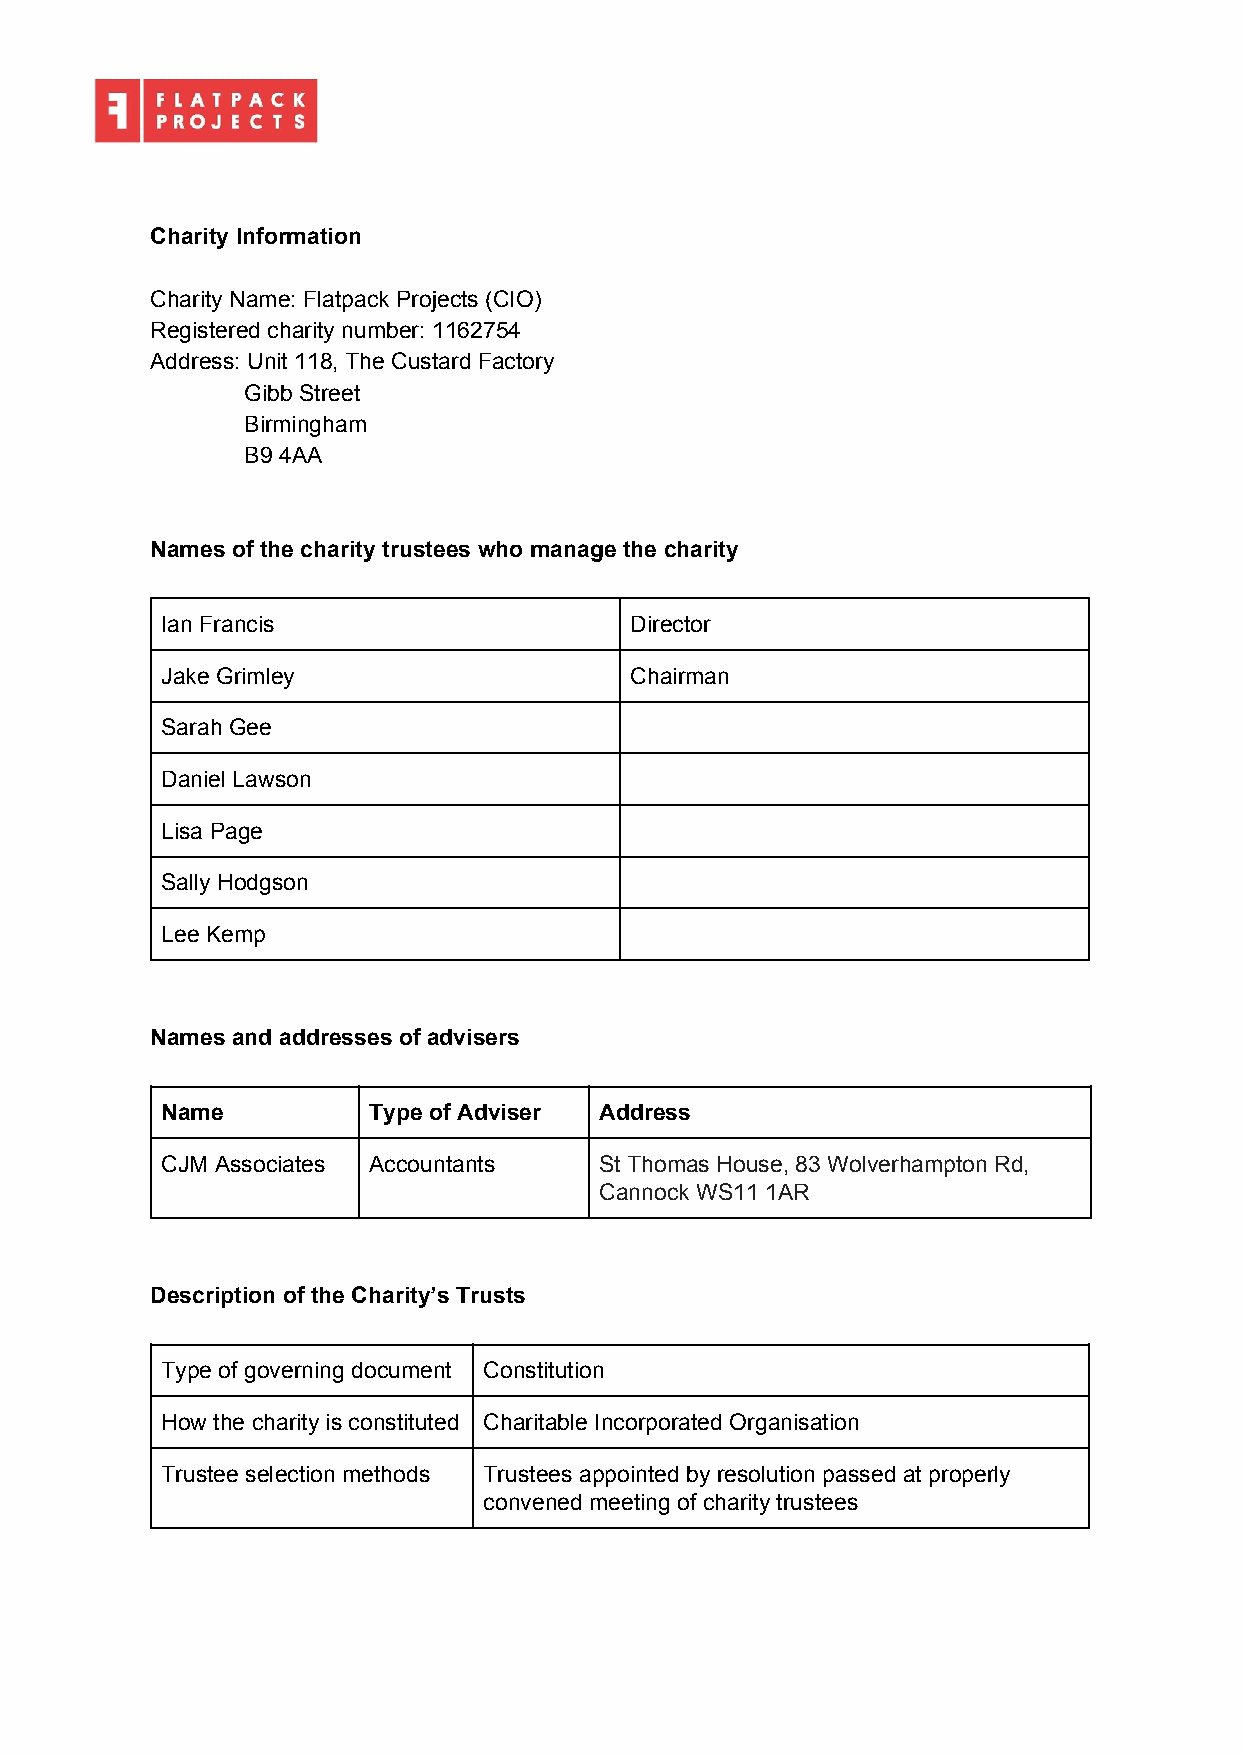
Charity Information
 Charity Name: Flatpack Projects (CIO)
 Registered charity number: 1162754
 Address: Unit 118, The Custard Factory
 Gibb Street
 Birmingham
 B9 4AA
 Names of the charity trustees who manage the charity
 Ian Francis                    Director
 Jake Grimley                   Chairman
 Sarah Gee
 Daniel Lawson
 Lisa Page
 Sally Hodgson
 Lee Kemp
 Names and addresses of advisers
 Name         Type of Adviser Address
 CJM Associates Accountants   St Thomas House, 83 Wolverhampton Rd,
 Cannock WS11 1AR
 Description of the Charity’s Trusts
 Type of governing document Constitution
 How the charity is constituted Charitable Incorporated Organisation
 Trustee selection methods Trustees appointed by resolution passed at properly
 convened meeting of charity trustees